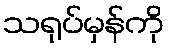
သရုပ်မှန်ကို